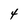
Character: 4